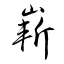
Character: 嶄